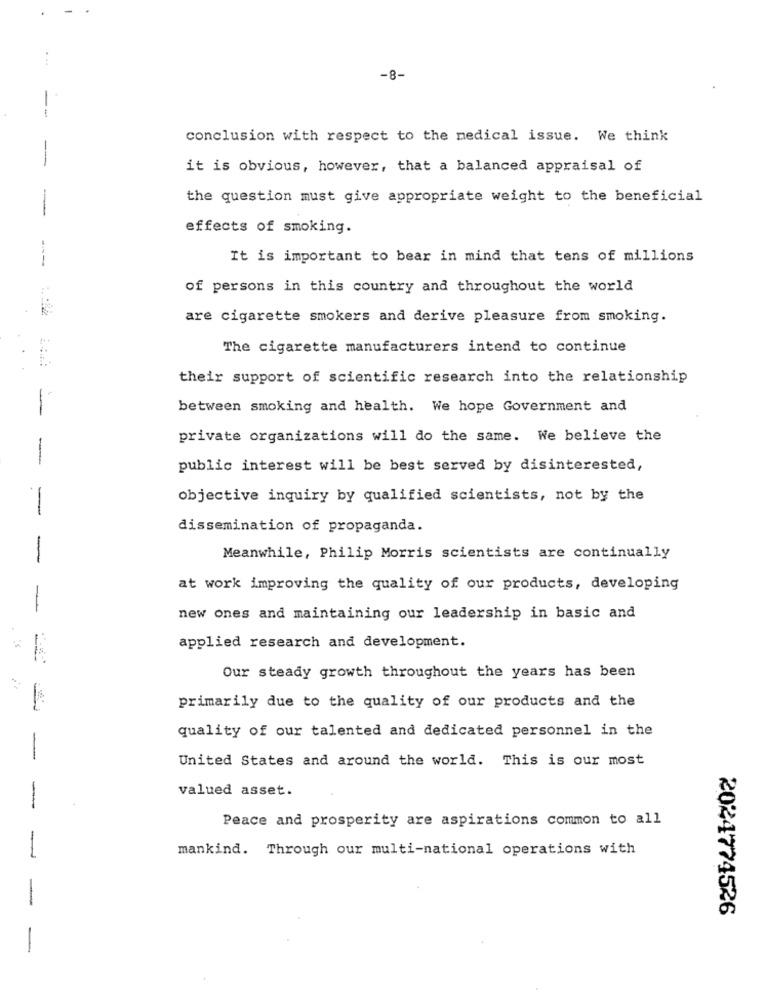
-8-
conclusion with respect to the medical issue. We think
it is obvious, however, that a balanced appraisal of
the question must give appropriate weight to the beneficial
effects of smoking.
It is important to bear in mind that tens of millions
of persons in this country and throughout the world
are cigarette smokers and derive pleasure from smoking.
The cigarette manufacturers intend to continue
their support of scientific research into the relationship
between smoking and health. We hope Government and
-
private organizations will do the same. We believe the
-
public interest will be best served by disinterested,
objective inquiry by qualified scientists, not by the
-
dissemination of propaganda.
-
Meanwhile, Philip Morris scientists are continually
at work improving the quality of our products, developing
-
new ones and maintaining our leadership in basic and
applied research and development.
Our steady growth throughout the years has been
primarily due to the quality of our products and the
quality of our talented and dedicated personnel in the
-
United States and around the world. This is our most
valued asset.
-
Peace and prosperity are aspirations common to all
mankind. Through our multi-national operations with
-
-
2024774526